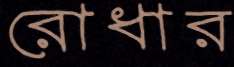
রোধার